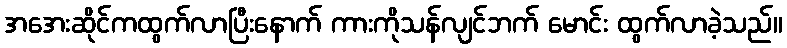
အအေးဆိုင်ကထွက်လာပြီးနောက် ကားကိုသန်လျင်ဘက် မောင်း ထွက်လာခဲ့သည်။